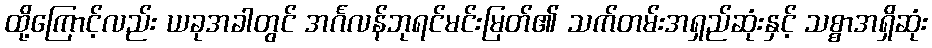
ထို့ကြောင့်လည်း ယခုအခါတွင် အင်္ဂလန်ဘုရင်မင်းမြတ်၏ သက်တမ်းအရှည်ဆုံးနှင့် သစ္စာအရှိဆုံး